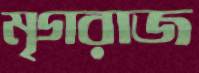
মৃগরাজ